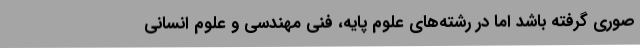
صوری گرفته باشد اما در رشته‌های علوم پایه، فنی مهندسی و علوم انسانی